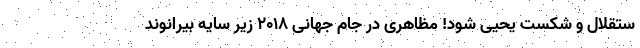
ستقلال و شکست یحیی شود! مظاهری در جام جهانی 2018 زیر سایه بیرانوند